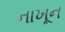
નાખૂન